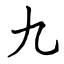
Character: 九